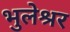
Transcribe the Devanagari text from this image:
भुलेश्रर